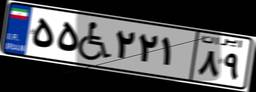
۵۵W۲۲۱۸۹